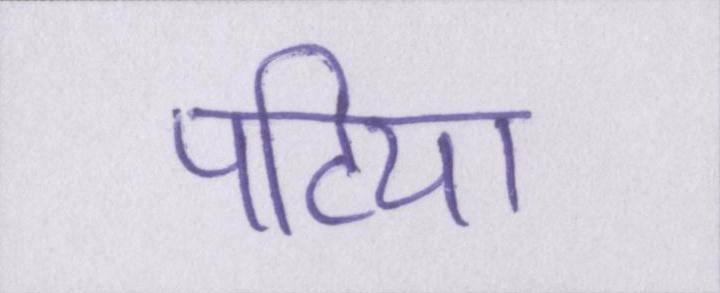
पटिया